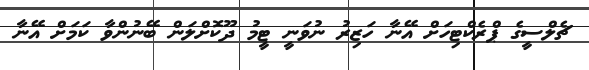
ޗެލްސީގެ ޕްރެކްޓިހަށް އޭނާ ހަޒިރު ނުވަނީ ޓީމު ދޫކޮށްލަން ބޭނުންވާ ކަމަށް އޭނާ